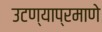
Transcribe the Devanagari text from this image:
उटण्याप्रमाणे